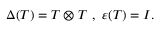
\Delta ( T ) = T \otimes T ~ , ~ \varepsilon ( T ) = I .